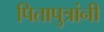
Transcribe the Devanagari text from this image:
पितापुत्रांनी